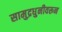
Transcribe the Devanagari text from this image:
सामुद्रधुनीवरून